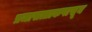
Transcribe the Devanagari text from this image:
प्रजासत्ताकपासून